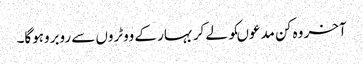
آخر وہ کن مدعوںکو لے کر بہار کے ووٹروں سے روبروہوگا۔